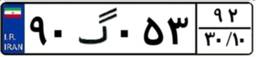
۵۲گ۳۷۵۵۵